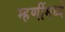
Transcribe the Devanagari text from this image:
म्हणींमध्ये